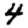
Digit: 4